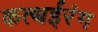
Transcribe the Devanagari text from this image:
कत्थईरंग